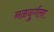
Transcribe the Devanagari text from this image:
नळदुर्गला